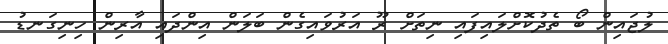
ލުޖައިން ބޯ ތެދުކޮށްލައިފައި ނިތަށް ރޫ އަރުވައިގެން ބަލަން އިންދައި އާރިން ހިނިގަނޑު